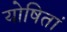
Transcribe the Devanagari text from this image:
योषितां